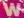
W